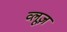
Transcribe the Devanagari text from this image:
व्लूज़